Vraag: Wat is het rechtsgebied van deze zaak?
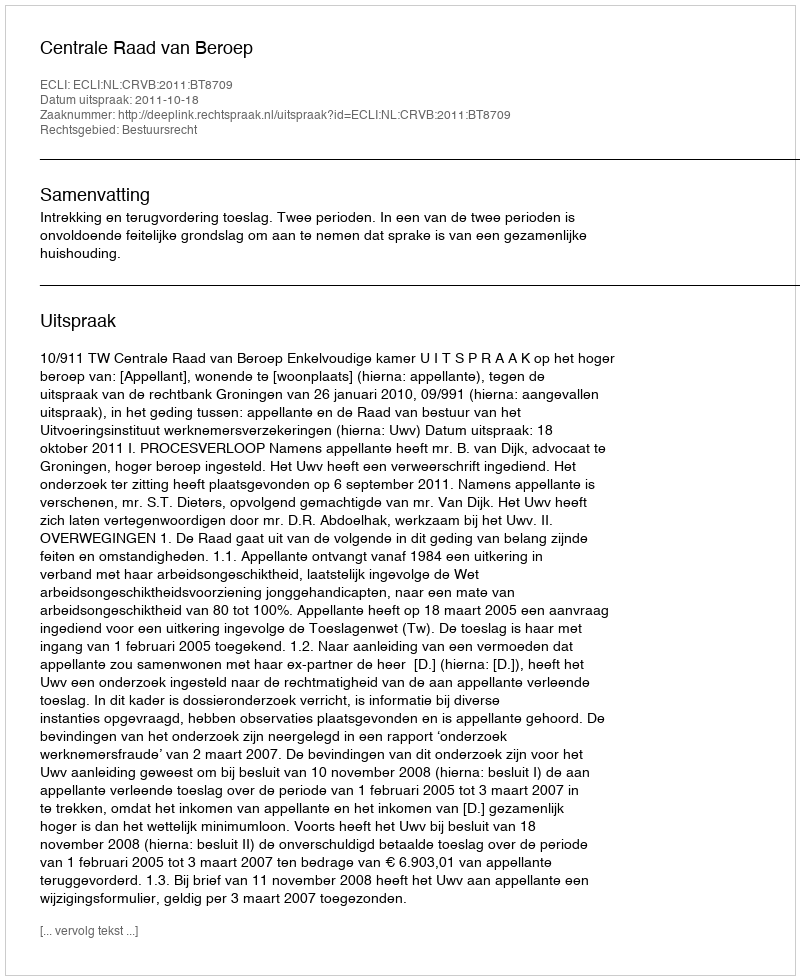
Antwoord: Bestuursrecht